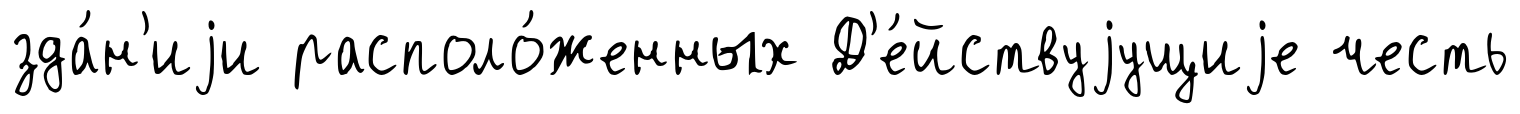
зда́н'иjи располо́женных Д'е́йствуjущиjе честь